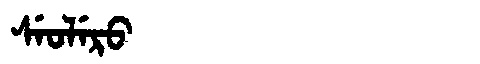
Manchu: ᠰᡝᠣᠯᡝᡵᠣ
Romanization: SEOLERO